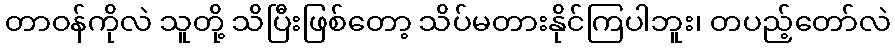
တာဝန်ကိုလဲ သူတို့ သိပြီးဖြစ်တော့ သိပ်မတားနိုင်ကြပါဘူး၊ တပည့်တော်လဲ